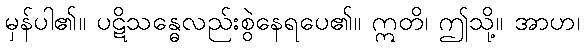
မှန်ပါ၏။ ပဋိသန္ဓေလည်းစွဲနေရပေ၏။ ဣတိ၊ ဤသို့။ အာဟ၊